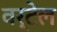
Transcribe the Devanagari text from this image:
वर्टेल